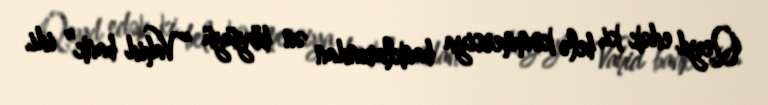
Qeyd edək ki, belə kommersiya banklarından ən böyüyü “Vahid bank” idi.